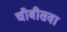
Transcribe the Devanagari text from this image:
चौबीसवा